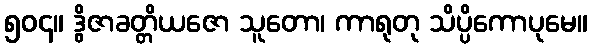
၅၀၄။ ဒွိဇာခတ္တိယဇော သူတော၊ ကာရုတု သိပ္ပိကောပုမေ။